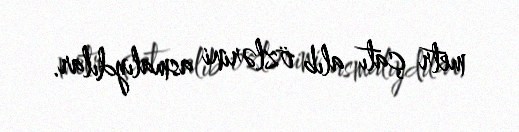
metr çatı alıb özlərini asmalıydılar.